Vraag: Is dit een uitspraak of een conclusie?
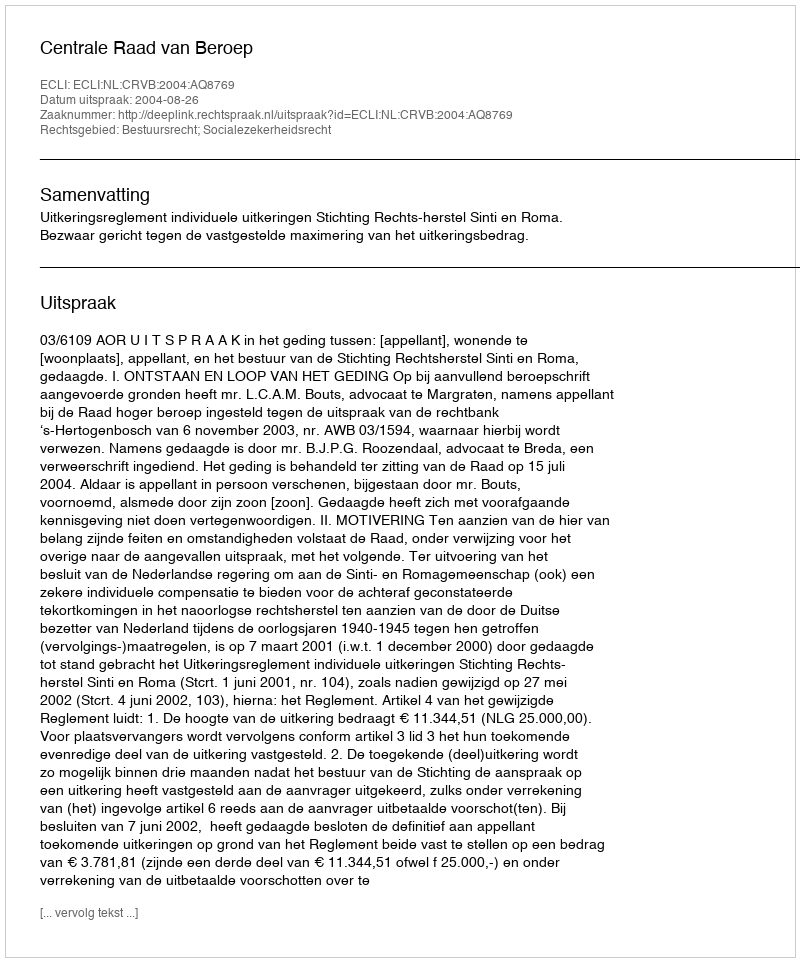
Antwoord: Uitspraak